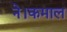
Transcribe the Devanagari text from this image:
ने।कमाल